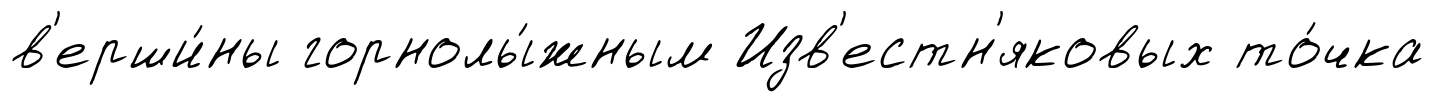
в'ерши́ны горнолы́жным Изв'естн'яковых то́чка